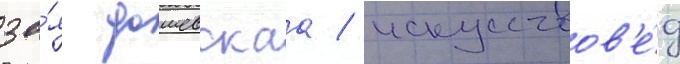
зо́я дашевскаа / искусствов'е́д